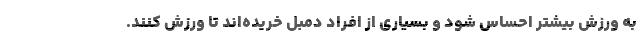
به ورزش بیشتر احساس شود و بسیاری از افراد دمبل خریده‌اند تا ورزش کنند.